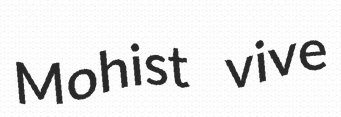
Mohist vive